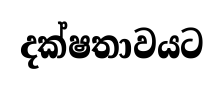
දක්ෂතාවයට